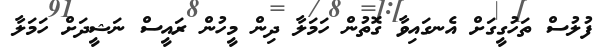
ފުލުސް ތަހުގީގަށް އެނގައިވާ ގޮތުން ހަމަލާ ދިން މީހުން ރައީސް ނަޝީދަށް ހަމަލާ